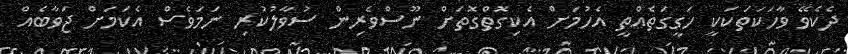
ދެކެވޭ ވާހަކަތަކަކީ ހަގީގަތެއްތީ އެހުމަށް އެކިިގޮތްގޮތަށް ނޫސްވެރިން ސުވާލުކުރި ނަމަވެސް އެކަމަށް ޖަވާބެއް